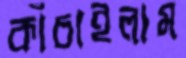
কাঁচাইলাম